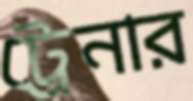
ট্রেনার